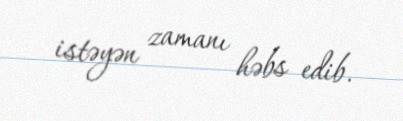
istəyən zamanı həbs edib.